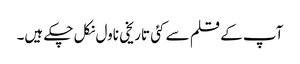
آپ کے قلم سے کئی تاریخی ناول نکل چکے ہیں۔